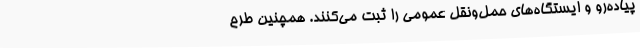
پیاده‌رو و ایستگاه‌های حمل‌ونقل عمومی را ثبت می‌کنند. همچنین طرح